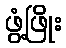
ဖွံ့ဖြိုး